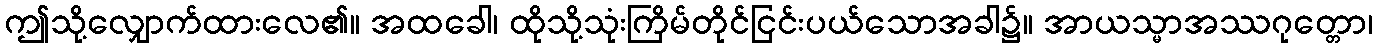
ဤသို့လျှောက်ထားလေ၏။ အထခေါ၊ ထိုသို့သုံးကြိမ်တိုင်ငြင်းပယ်သောအခါ၌။ အာယသ္မာအဿဂုတ္တော၊